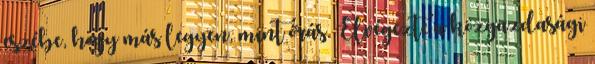
eszébe, hogy más legyen, mint órás. Elvégezte a közgazdasági